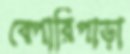
বেপারিপাড়া